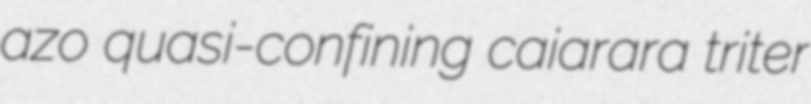
azo quasi-confining caiarara triter